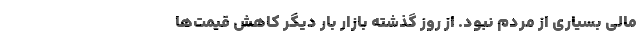
مالی بسیاری از مردم نبود. از روز گذشته بازار بار دیگر کاهش قیمت‌ها